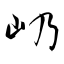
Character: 屷